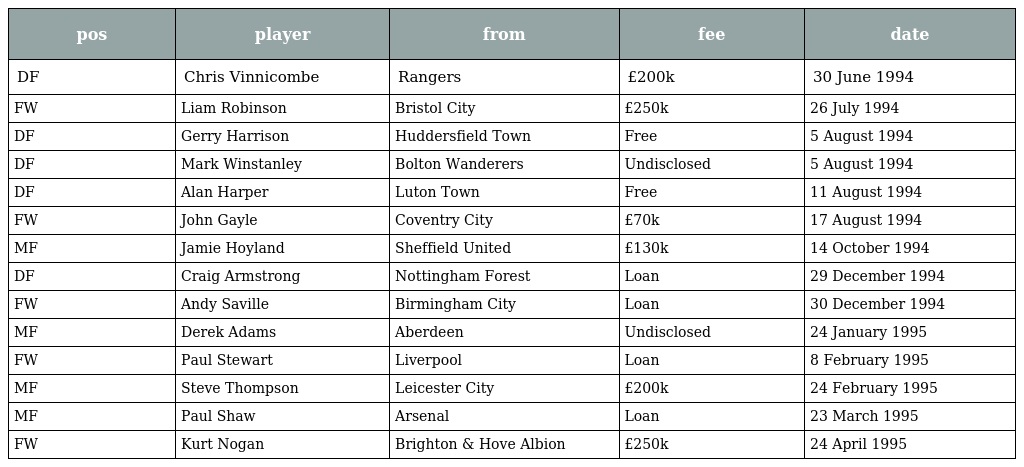
| pos | player | from | fee | date |
 | --- | --- | --- | --- | --- |
 | DF | Chris Vinnicombe | Rangers | £200k | 30 June 1994 |
 | FW | Liam Robinson | Bristol City | £250k | 26 July 1994 |
 | DF | Gerry Harrison | Huddersfield Town | Free | 5 August 1994 |
 | DF | Mark Winstanley | Bolton Wanderers | Undisclosed | 5 August 1994 |
 | DF | Alan Harper | Luton Town | Free | 11 August 1994 |
 | FW | John Gayle | Coventry City | £70k | 17 August 1994 |
 | MF | Jamie Hoyland | Sheffield United | £130k | 14 October 1994 |
 | DF | Craig Armstrong | Nottingham Forest | Loan | 29 December 1994 |
 | FW | Andy Saville | Birmingham City | Loan | 30 December 1994 |
 | MF | Derek Adams | Aberdeen | Undisclosed | 24 January 1995 |
 | FW | Paul Stewart | Liverpool | Loan | 8 February 1995 |
 | MF | Steve Thompson | Leicester City | £200k | 24 February 1995 |
 | MF | Paul Shaw | Arsenal | Loan | 23 March 1995 |
 | FW | Kurt Nogan | Brighton & Hove Albion | £250k | 24 April 1995 |